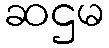
ဆဌမ